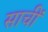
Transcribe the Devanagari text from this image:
साचीं